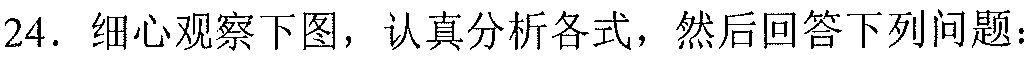
24. 细心观察下图，认真分析各式，然后回答下列问题：